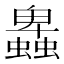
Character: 𧓎